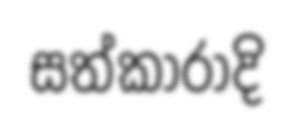
සත්කාරාදි